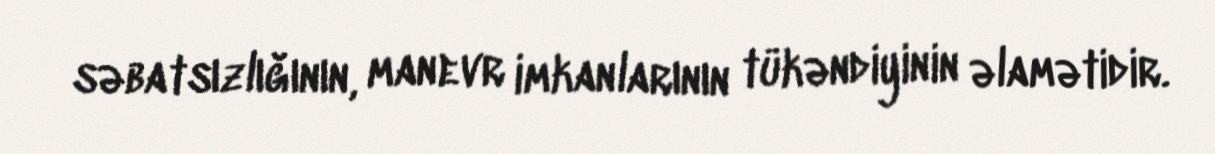
səbatsızlığının, manevr imkanlarının tükəndiyinin əlamətidir.